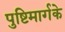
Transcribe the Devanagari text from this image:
पुष्टिमार्गके